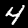
Digit: 4